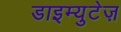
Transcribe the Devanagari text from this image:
डाइम्युटेज़